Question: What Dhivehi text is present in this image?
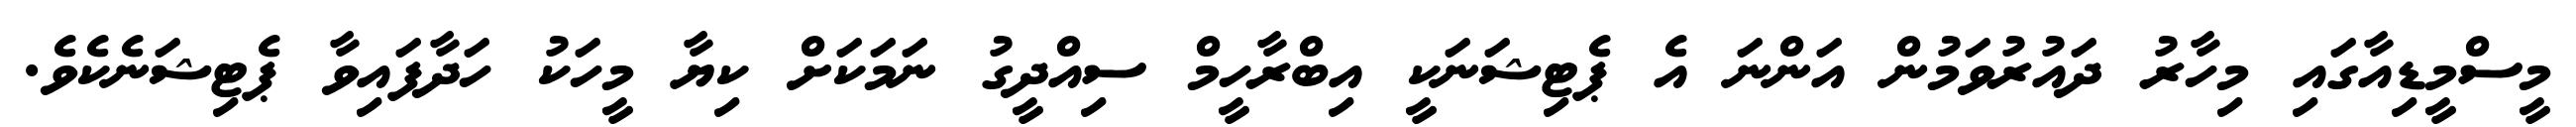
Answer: މީސްމީޑިއާގައި މިހާރު ދައުރުވަމުން އަންނަ އެ ޕެޓިޝަނަކީ އިބްރާހީމް ސިއްދީގު ނަމަކަށް ކިޔާ މީހަކު ހަދާފައިވާ ޕެޓިޝަނެކެވެ.